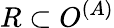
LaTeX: R\subset O^{(A)}